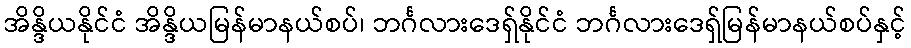
အိန္ဒိယနိုင်ငံ အိန္ဒိယမြန်မာနယ်စပ်၊ ဘင်္ဂလားဒေရှ်နိုင်ငံ ဘင်္ဂလားဒေရှ်မြန်မာနယ်စပ်နှင့်